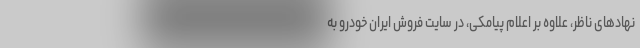
نهادهای ناظر،‌ علاوه بر اعلام پیامکی، در سایت فروش ایران خودرو به